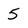
Character: 5